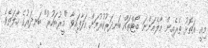
މިއީ އަތޮޅު ތެރެއިން މާލެއަންނަ ބޯޓްތައް ބަނދަރުކުރުމަށް ހަދާފައިވާ "މީރުބަހުރު" ބަނދަރުގެ ހާލަތެވެ.